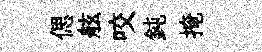
偲舷咬鈍掩